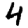
Digit: 4